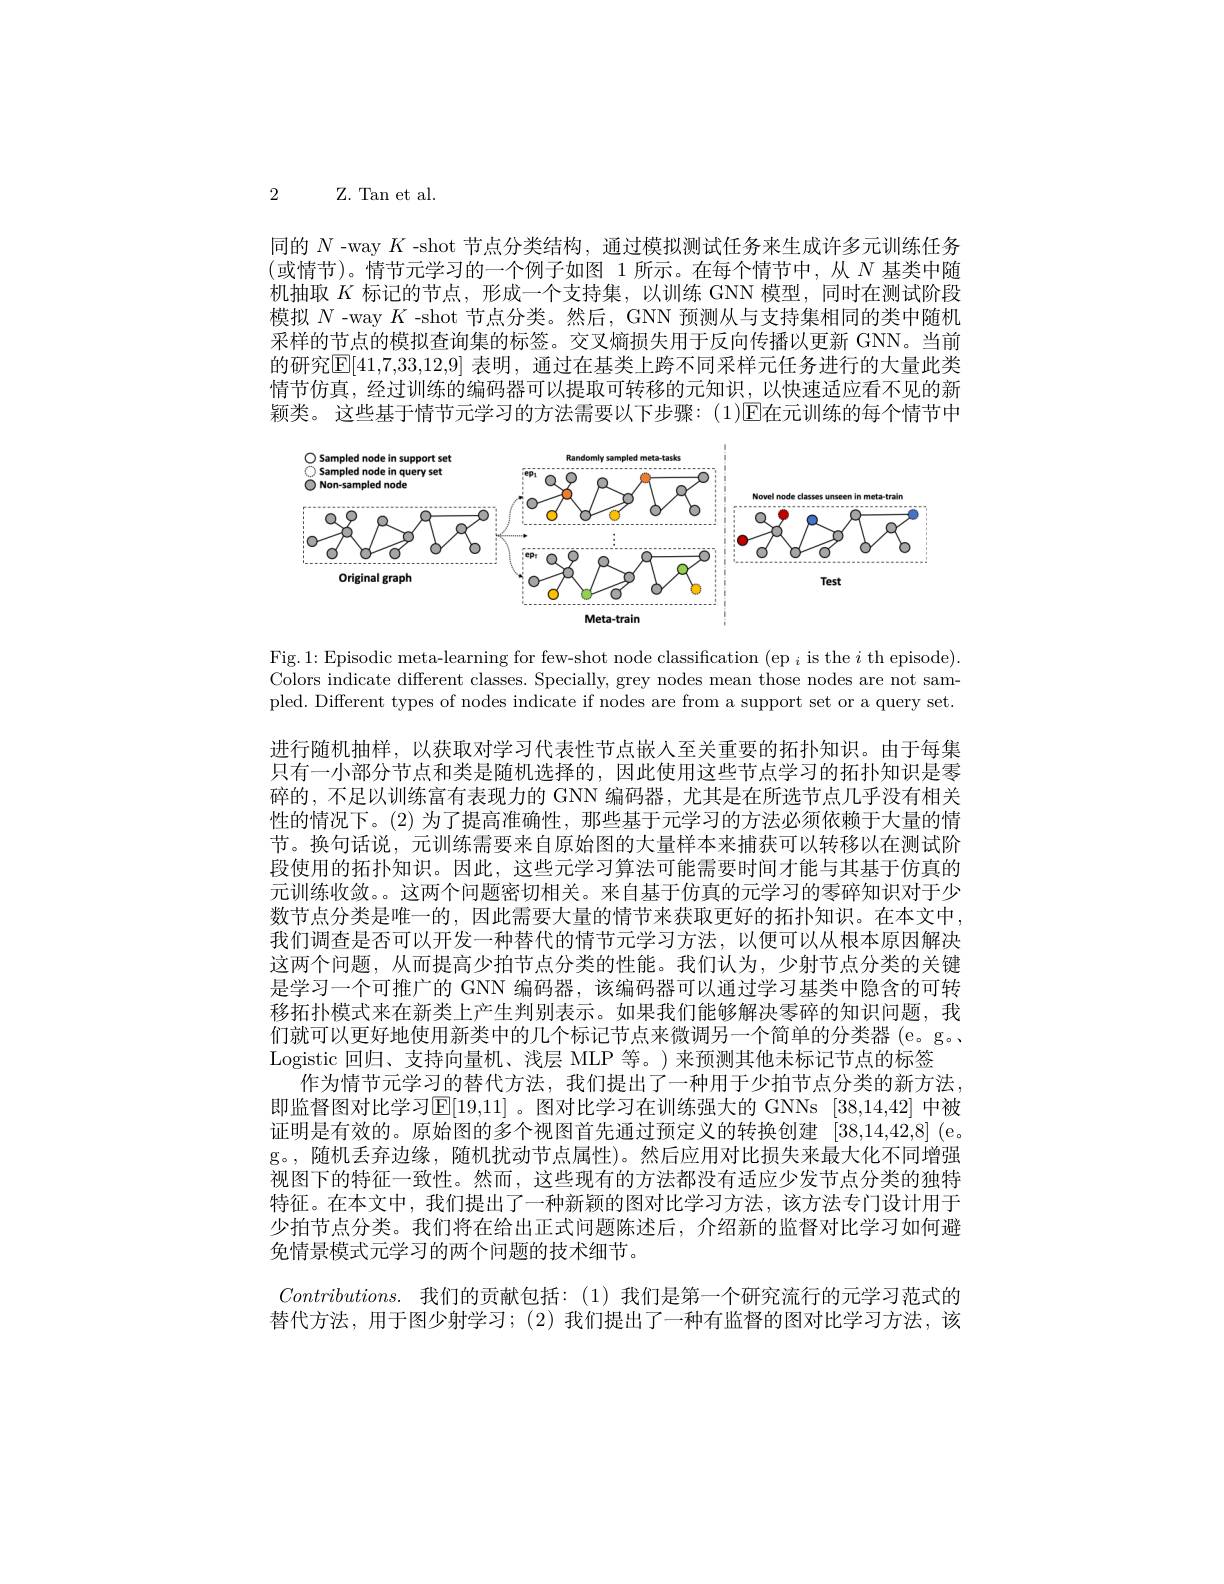
2 Z. Tan et al.
同的$N$ -way $K$ -shot 节点分类结构，通过模拟测试任务来生成许多元训练任务(或情节)。情节元学习的一个例子如图 1 所示。在每个情节中，从 $N$ 基类中随机抽取$K$标记的节点，形成一个支持集，以训练 GNN 模型，同时在测试阶段模拟$N$ -way $K$ -shot 节点分类。然后，GNN 预测从与支持集相同的类中随机采样的节点的模拟查询集的标签。交叉熵损失用于反向传播以更新 GNN。当前的研究[E[41,7,33,12,9] 表明，通过在基类上跨不同采样元任务进行的大量此类情节仿真，经过训练的编码器可以提取可转移的元知识，以快速适应看不见的新颖类。这些基于情节元学习的方法需要以下步骤：(1)☑在元训练的每个情节中

<FigureHere>

Fig. 1: Episodic meta-learning for few-shot node classification (ep $_i$ is the $i$ th episode). Colors indicate different classes. Specially, grey nodes mean those nodes are not sampled. Different types of nodes indicate if nodes are from a support set or a query set.

进行随机抽样，以获取对学习代表性节点嵌人至关重要的拓扑知识。由于每集只有一小部分节点和类是随机选择的，因此使用这些节点学习的拓扑知识是零碎的，不足以训练富有表现力的 GNN 编码器，尤其是在所选节点几乎没有相关性的情况下。(2)为了提高准确性，那些基于元学习的方法必须依赖于大量的情节。换句话说，元训练需要来自原始图的大量样本来捕获可以转移以在测试阶段使用的拓扑知识。因此，这些元学习算法可能需要时间才能与其基于仿真的元训练收敛。。这两个问题密切相关。来自基于仿真的元学习的零碎知识对于少数节点分类是唯一的，因此需要大量的情节来获取更好的拓扑知识。在本文中， 我们调查是否可以开发一种替代的情节元学习方法，以便可以从根本原因解决这两个问题，从而提高少拍节点分类的性能。我们认为，少射节点分类的关键是学习一个可推广的 GNN 编码器，该编码器可以通过学习基类中隐含的可转移拓扑模式来在新类上产生判别表示。如果我们能够解决零碎的知识问题，我们就可以更好地使用新类中的几个标记节点来微调另一个简单的分类器(e。g。、 Logistic 回归、支持向量机、浅层 MLP 等。)来预测其他未标记节点的标签
作为情节元学习的替代方法，我们提出了一种用于少拍节点分类的新方法， 即监督图对比学习$\mathbb{E}[19,11]$ 。图对比学习在训练强大的 GNNs [38,14,42] 中被证明是有效的。原始图的多个视图首先通过预定义的转换创建 [38,14,42,8] (e。g。,随机丢弃边缘，随机扰动节点属性)。然后应用对比损失来最大化不同增强视图下的特征一致性。然而，这些现有的方法都没有适应少发节点分类的独特特征。在本文中，我们提出了一种新颖的图对比学习方法，该方法专门设计用于少拍节点分类。我们将在给出正式问题陈述后，介绍新的监督对比学习如何避免情景模式元学习的两个问题的技术细节。
$Contributions.$ 我们的贡献包括：(1)我们是第一个研究流行的元学习范式的替代方法，用于图少射学习；(2)我们提出了一种有监督的图对比学习方法，该